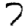
Digit: 7